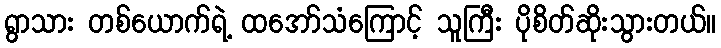
ရွာသား တစ်ယောက်ရဲ့ ထအော်သံကြောင့် သူကြီး ပိုစိတ်ဆိုးသွားတယ်။